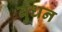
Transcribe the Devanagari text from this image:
बुधन